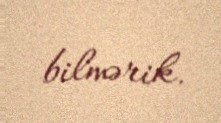
bilmərik.